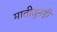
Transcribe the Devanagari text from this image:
मातीतूनही